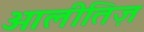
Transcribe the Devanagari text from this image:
ओलीतिज़